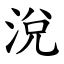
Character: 涗